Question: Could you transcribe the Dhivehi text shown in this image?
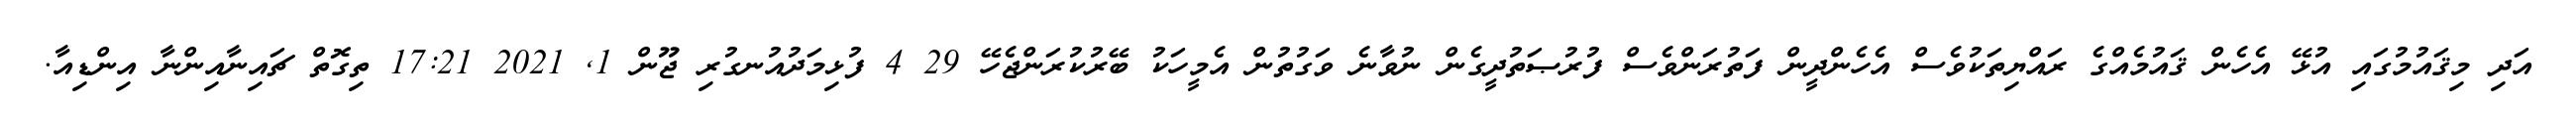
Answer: އަދި މިޤައުމުގައި އުޅޭ އެހެން ޤައުމެއްގެ ރައްޔިތަކުވެސް އެހެންދީން ފަތުރަންވެސް ފުރުޞަތުދީގެން ނުވާނެ ވަގުތުން އެމީހަކު ބޭރުކުރަންޖެހޭ 29 4 ފުޅިމަދުއުނގުރި ޖޫން 1, 2021 17:21 ތިގޮތް ޗައިނާއިންނާ އިންޑިއާ.